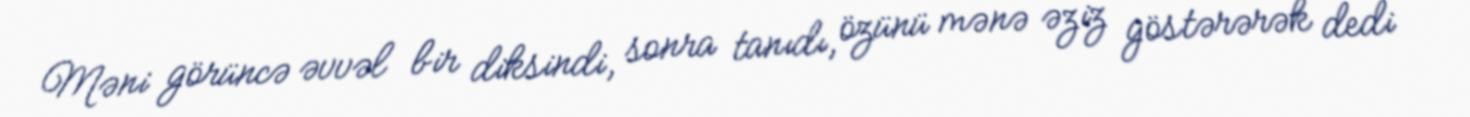
Məni görüncə əvvəl bir diksindi, sonra tanıdı, özünü mənə əziz göstərərək dedi